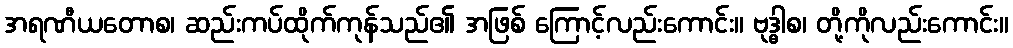
အရဏီယတောစ၊ ဆည်းကပ်ထိုက်ကုန်သည်၏ အဖြစ် ကြောင့်လည်းကောင်း။ ဗုဒ္ဓါစ၊ တို့ကိုလည်းကောင်း။